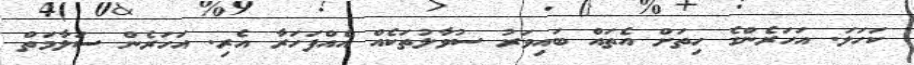
ކަހަލަ. އަހަރެންގެ ހިތަށް އެތައް ބައިވަރު ސުވާލުތަކެއް އެއްފަހަރާ އެރި. އަހަރެން ސަލާމަތް